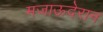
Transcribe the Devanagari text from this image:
मजाऊदेरान